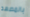
بالمصعد